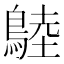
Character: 𪂚